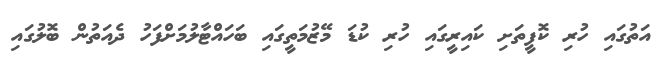
އަތުގައި ހުރި ކޮފީތަށި ކައިރީގައި ހުރި ކުޑަ މޭޒުމަތީގައި ބަހައްޓާލުމަށްފަހު ދެއަތުން ބޮލުގައި